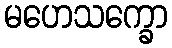
မဟေသက္ခော